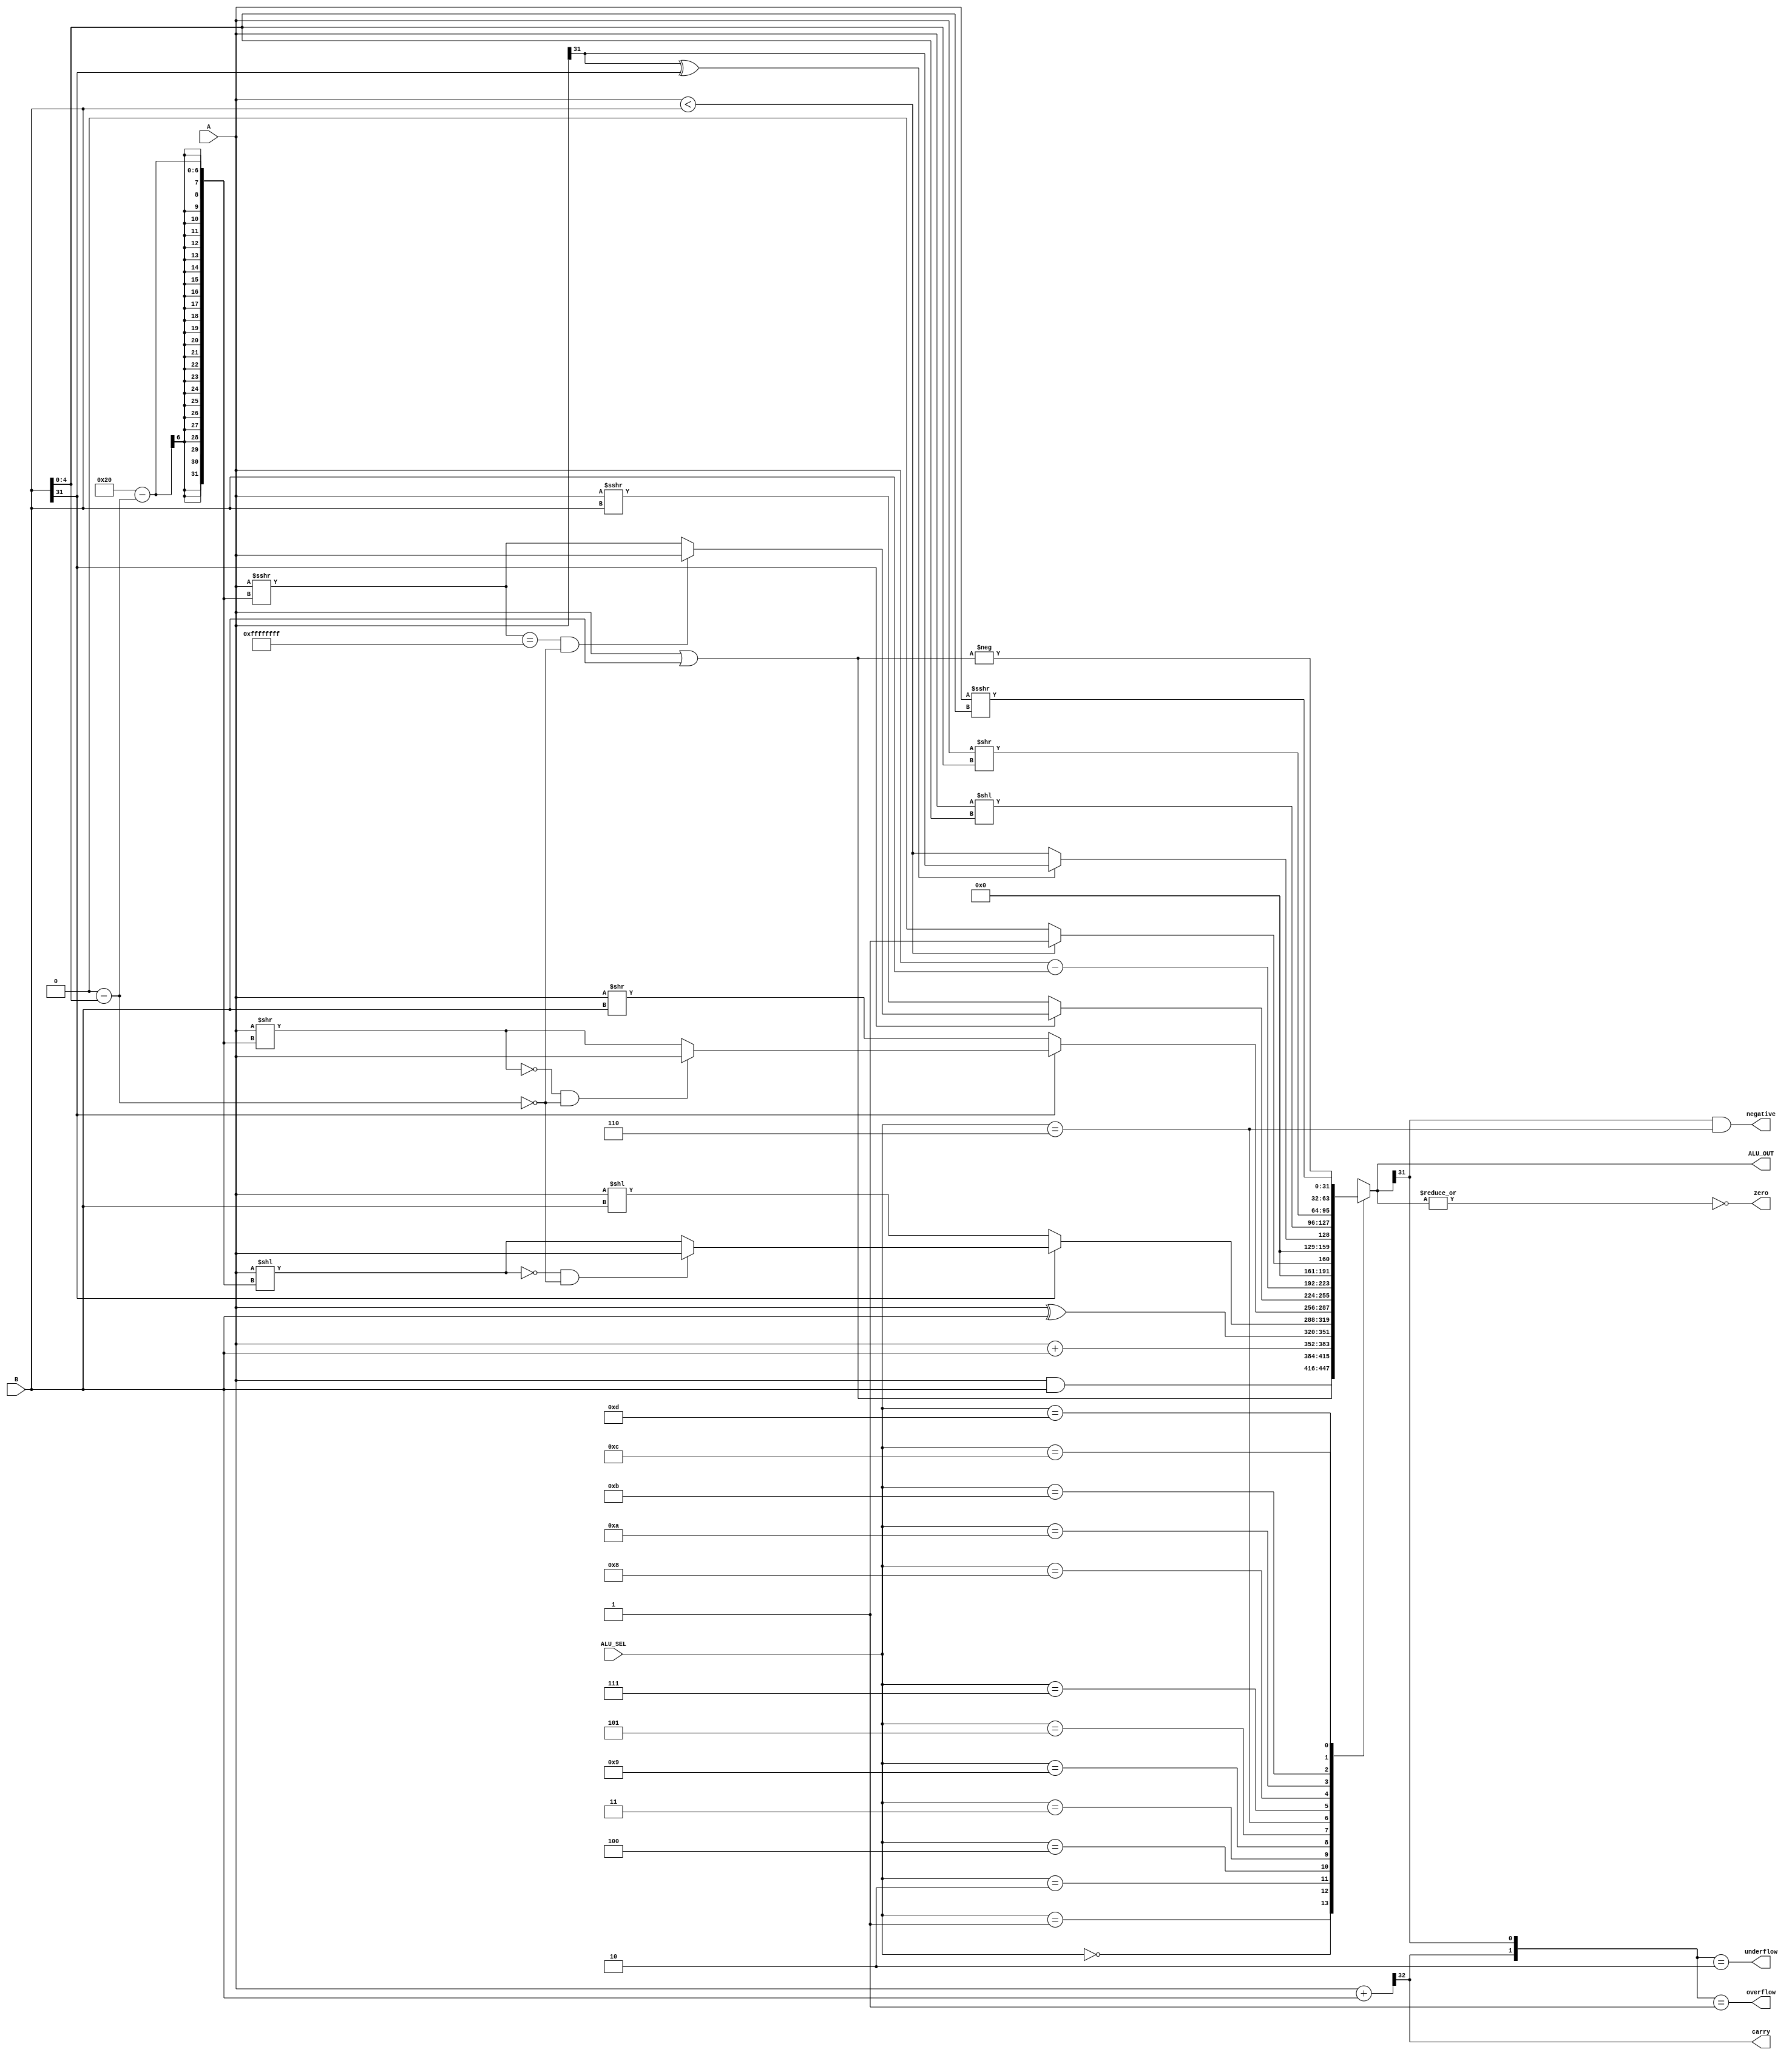
`timescale 1ns / 1ps
module ALU(ALU_SEL,A,B,ALU_OUT,carry,zero,negative,overflow,underflow);
input [3:0]ALU_SEL;
input [31:0]A,B;
output reg [31:0]ALU_OUT;
output  carry;
output  zero,negative,overflow,underflow;
wire [32:0] tmp;
wire signed [31:0] signed_A; //for sra and srai
assign signed_A = A;
assign tmp = {1'b0,A} + {1'b0,B};
assign carry = tmp[32]; // Carryout flag
assign zero = ~(|ALU_OUT); //zero flag
assign negative = (ALU_OUT[31] == 1 && (ALU_SEL == 4'b0110));
assign overflow = ({carry,ALU_OUT[31]} == 2'b01);
assign underflow = ({carry,ALU_OUT[31]} == 2'b10);
wire [31:0]negate,shift_right,shift_right_alter;
assign negate = 0 - B;
assign shift_right=signed_A>>>B;
assign shift_right_alter=(signed_A>>>(32-(negate[4:0])));
	
always@(*)
    begin
	  case(ALU_SEL)
         0: ALU_OUT<= A & B;
         1: ALU_OUT<= A | B;
         2: ALU_OUT<= A + B;
         4: ALU_OUT<= A ^ B;
         3: ALU_OUT <= B[31]? (((A<<(32-(negate[4:0])))==0 & (negate[4:0]==5'b0))? A : A<<(32-(negate[4:0]))): A<<B; //sll
         9: ALU_OUT <= B[31]? (((A>>(32-(negate[4:0])))==0 & (negate[4:0]==5'b0))? A : A>>(32-(negate[4:0]))):A>>B; //srl
         5: ALU_OUT <= B[31]? (((shift_right_alter==32'hffffffff) & (negate[4:0]==5'b0))? signed_A : shift_right_alter ):shift_right; //sra
         6: ALU_OUT<= A - B;  
         7: ALU_OUT<= A < B ? 32'b1 : 32'b0; //stlu
         8: ALU_OUT<= (A[31] ^ B[31])? {31'b0,A[31]}:{31'b0,(A<B)}; //slt
         10: ALU_OUT<= A<<B[4:0]; //slli
         11: ALU_OUT<= A>>B[4:0]; //srli
         13: ALU_OUT<= signed_A>>>B[4:0]; //srai
         12: ALU_OUT<= -(A|B); //nor
         default: ALU_OUT<=32'bX;
        endcase
    end
endmodule